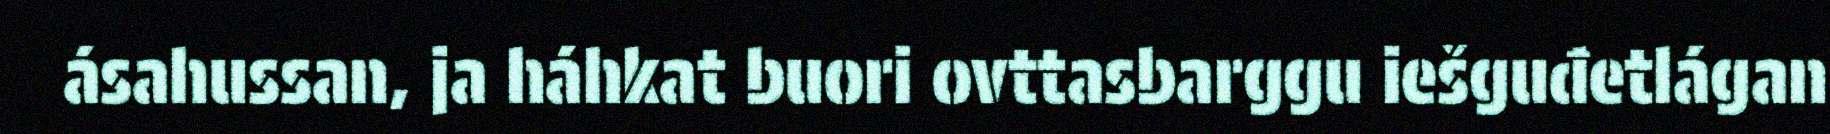
ásahussan, ja háhkat buori ovttasbarggu iešguđetlágan